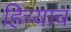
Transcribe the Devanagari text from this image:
हिच्याच